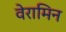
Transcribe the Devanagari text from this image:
वेरामिन